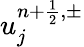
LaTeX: u_{j}^{{n+\frac{1}{2}},\pm}